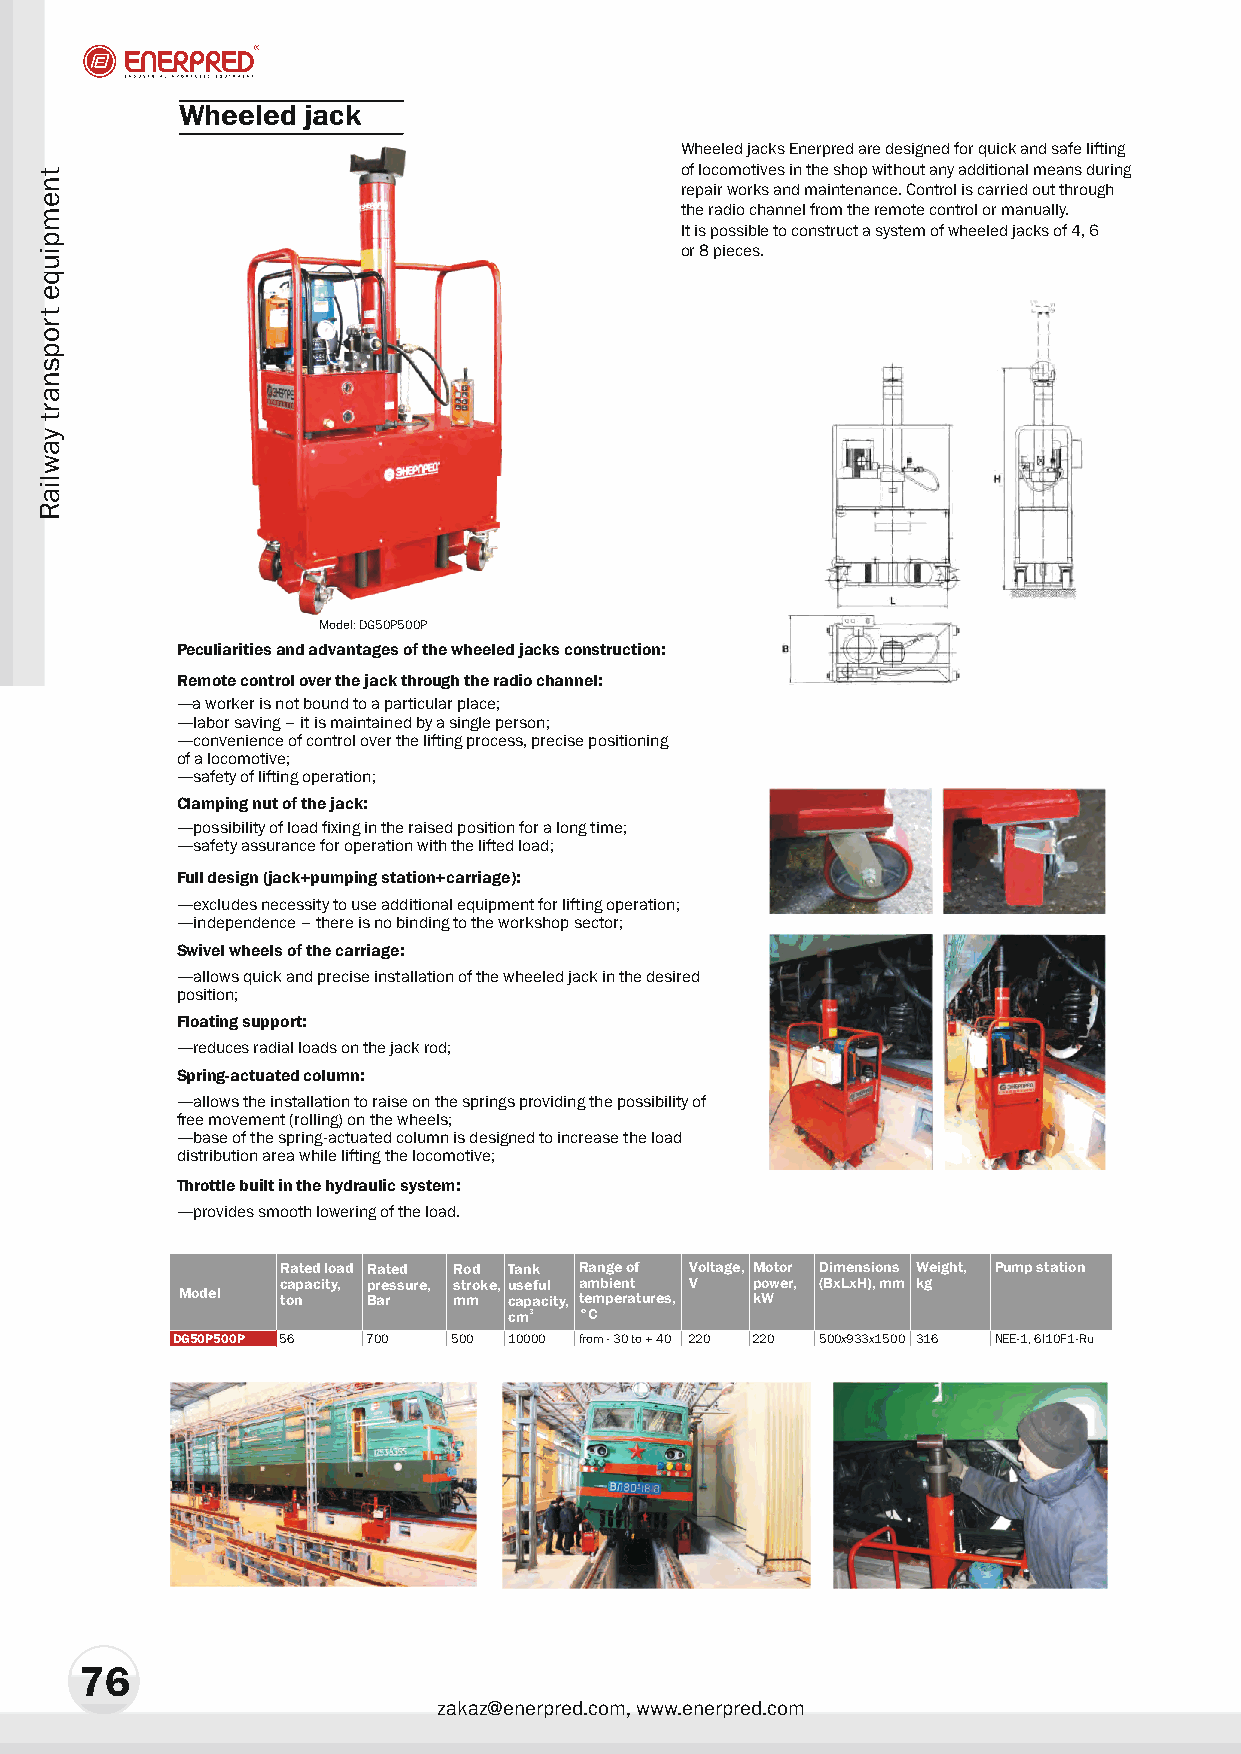
Wheeled jack
 Wheeled jacks Enerpred are designed for quick and safe lifting
 of locomotives in the shop without any additional means during
 repair works and maintenance. Control is carried out through
 the radio channel from the remote control or manually.
 It is possible to construct a system of wheeled jacks of 4, 6
 or 8 pieces.
 Model: DG50P500P
 Peculiarities and advantages of the wheeled jacks construction:
 Remote control over the jack through the radio channel:
 —a worker is not bound to a particular place;
 —labor saving – it is maintained by a single person;
 —convenience of control over the lifting process, precise positioning
 of a locomotive;
 —safety of lifting operation;
 Clamping nut of the jack:
 —possibility of load fixing in the raised position for a long time;
 —safety assurance for operation with the lifted load;
 Full design (jack+pumping station+carriage):
 —excludes necessity to use additional equipment for lifting operation;
 —independence – there is no binding to the workshop sector;
 Swivel wheels of the carriage:
 —allows quick and precise installation of the wheeled jack in the desired
 position;
 Floating support:
 —reduces radial loads on the jack rod;
 Spring-actuated column:
 —allows the installation to raise on the springs providing the possibility of
 free movement (rolling) on the wheels;
 —base of the spring-actuated column is designed to increase the load
 distribution area while lifting the locomotive;
 Throttle built in the hydraulic system:
 —provides smooth lowering of the load.
 Rated load Rated Rod Tank Range of Voltage, Motor Dimensions Weight, Pump station
 capacity, pressure, stroke, useful ambient V power, (BxLxH), mm kg
 Model  ton  Bar   mm  capacity, temperatures, kW
 cm3 °C
 DG50P500P 56 700   500 10000 from - 30 to + 40 220 220 500õ933õ1500 316 NEE-1, 6I10F1-Ru
 76
 zakaz@enerpred.com, www.enerpred.com
 tnempiuqe
 tropsnart
 yawliaR